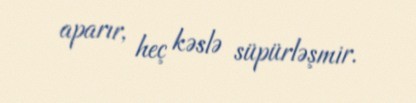
aparır, heç kəslə süpürləşmir.